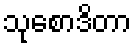
သုစောဒိတာ